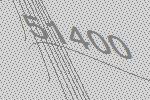
51400